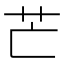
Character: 芒